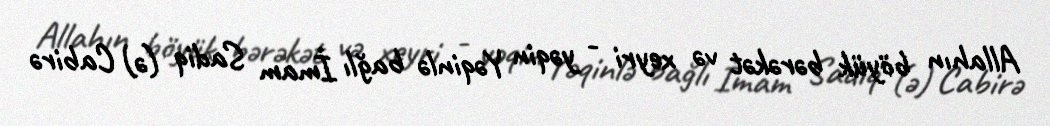
Allahın böyük bərəkət və xeyri - yəqin Yəqinlə bağlı İmam Sadiq (ə) Cabirə